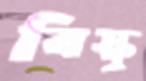
বিস্কু